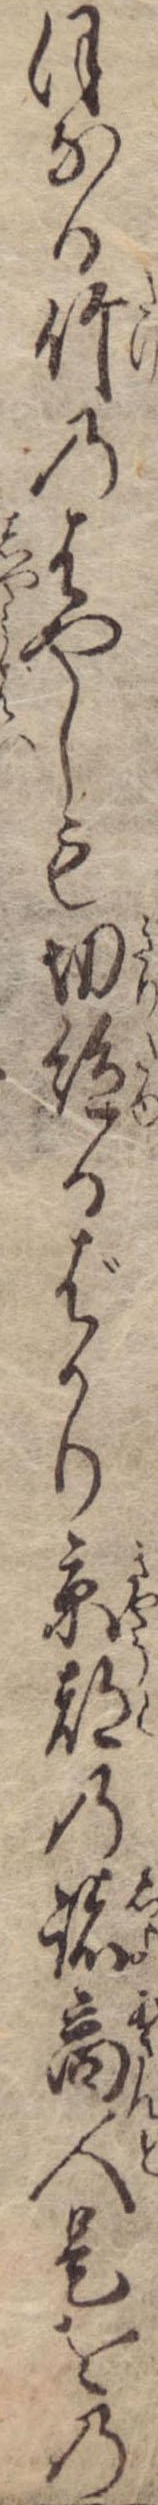
ほなる竹のはやしも切絶るばかり京都の諸商人是をの